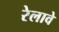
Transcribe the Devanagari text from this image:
रेलावे